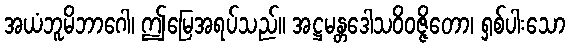
အယံဘူမိဘာဂေါ၊ ဤမြေအရပ်သည်။ အဋ္ဌမန္တဒေါသဝိဝဇ္ဇိတော၊ ရှစ်ပါးသော